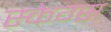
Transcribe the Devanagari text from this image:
स्केग्स